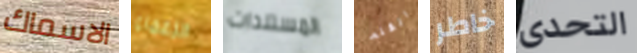
الاسماك الزعماء المستندات القلم خاطر التحدى